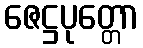
ဇေဋ္ဌပုတ္တော